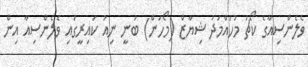
ވެލެންސިއާގެ ކޯޗު މުހައްމަދު ޝިޔާޒް (މޯހަން) ބުނީ ނިއު ކައިރީގައި ވެލެންސިއާ އިން